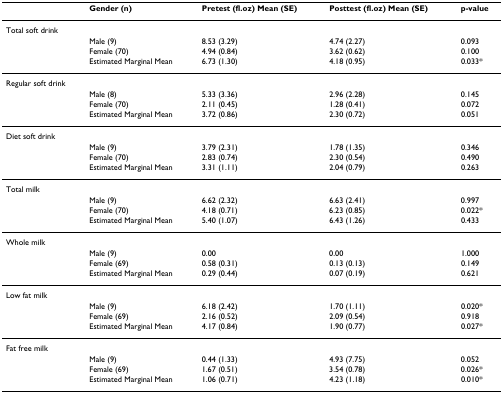
<table><thead><tr><td></td><td><b>Gender (n)</b></td><td><b>Pretest (fl.oz) Mean (SE)</b></td><td><b>Posttest (fl.oz) Mean (SE)</b></td><td><b>p-value</b></td></tr></thead><tbody><tr><td>Total soft drink</td><td></td><td></td><td></td><td></td></tr><tr><td></td><td>Male (9)</td><td>8.53 (3.29)</td><td>4.74 (2.27)</td><td>0.093</td></tr><tr><td></td><td>Female (70)</td><td>4.94 (0.84)</td><td>3.62 (0.62)</td><td>0.100</td></tr><tr><td></td><td>Estimated Marginal Mean</td><td>6.73 (1.30)</td><td>4.18 (0.95)</td><td>0.033*</td></tr><tr><td>Regular soft drink</td><td></td><td></td><td></td><td></td></tr><tr><td></td><td>Male (8)</td><td>5.33 (3.36)</td><td>2.96 (2.28)</td><td>0.145</td></tr><tr><td></td><td>Female (70)</td><td>2.11 (0.45)</td><td>1.28 (0.41)</td><td>0.072</td></tr><tr><td></td><td>Estimated Marginal Mean</td><td>3.72 (0.86)</td><td>2.30 (0.72)</td><td>0.051</td></tr><tr><td>Diet soft drink</td><td></td><td></td><td></td><td></td></tr><tr><td></td><td>Male (9)</td><td>3.79 (2.31)</td><td>1.78 (1.35)</td><td>0.346</td></tr><tr><td></td><td>Female (70)</td><td>2.83 (0.74)</td><td>2.30 (0.54)</td><td>0.490</td></tr><tr><td></td><td>Estimated Marginal Mean</td><td>3.31 (1.11)</td><td>2.04 (0.79)</td><td>0.263</td></tr><tr><td>Total milk</td><td></td><td></td><td></td><td></td></tr><tr><td></td><td>Male (9)</td><td>6.62 (2.32)</td><td>6.63 (2.41)</td><td>0.997</td></tr><tr><td></td><td>Female (70)</td><td>4.18 (0.71)</td><td>6.23 (0.85)</td><td>0.022*</td></tr><tr><td></td><td>Estimated Marginal Mean</td><td>5.40 (1.07)</td><td>6.43 (1.26)</td><td>0.433</td></tr><tr><td>Whole milk</td><td></td><td></td><td></td><td></td></tr><tr><td></td><td>Male (9)</td><td>0.00</td><td>0.00</td><td>1.000</td></tr><tr><td></td><td>Female (69)</td><td>0.58 (0.31)</td><td>0.13 (0.13)</td><td>0.149</td></tr><tr><td></td><td>Estimated Marginal Mean</td><td>0.29 (0.44)</td><td>0.07 (0.19)</td><td>0.621</td></tr><tr><td>Low fat milk</td><td></td><td></td><td></td><td></td></tr><tr><td></td><td>Male (9)</td><td>6.18 (2.42)</td><td>1.70 (1.11)</td><td>0.020*</td></tr><tr><td></td><td>Female (69)</td><td>2.16 (0.52)</td><td>2.09 (0.54)</td><td>0.918</td></tr><tr><td></td><td>Estimated Marginal Mean</td><td>4.17 (0.84)</td><td>1.90 (0.77)</td><td>0.027*</td></tr><tr><td>Fat free milk</td><td></td><td></td><td></td><td></td></tr><tr><td></td><td>Male (9)</td><td>0.44 (1.33)</td><td>4.93 (7.75)</td><td>0.052</td></tr><tr><td></td><td>Female (69)</td><td>1.67 (0.51)</td><td>3.54 (0.78)</td><td>0.026*</td></tr><tr><td></td><td>Estimated Marginal Mean</td><td>1.06 (0.71)</td><td>4.23 (1.18)</td><td>0.010*</td></tr></tbody></table>